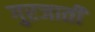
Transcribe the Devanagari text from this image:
गुरजाती